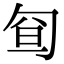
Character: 𠣡